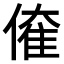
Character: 𠌱